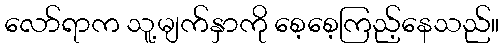
လော်ရာက သူ့မျက်နှာကို စေ့စေ့ကြည့်နေသည်။